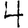
Digit: 4